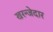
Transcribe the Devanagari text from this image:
खरन्जेदार